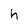
Character: h